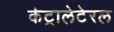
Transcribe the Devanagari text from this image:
कंट्रालेटेरल